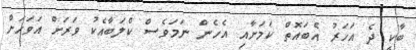
ބާކީ ދެ އަހަރު އެބައޮތް ކަމަށާއި އެހެން ނަމަވެސް ކްލަބާއެކު ވަރަށް އަވަހަށް